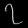
Digit: ၇